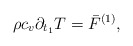
\begin{align*}\rho c_v \partial_ {t_1}T= {\bar F}^{(1)},\end{align*}